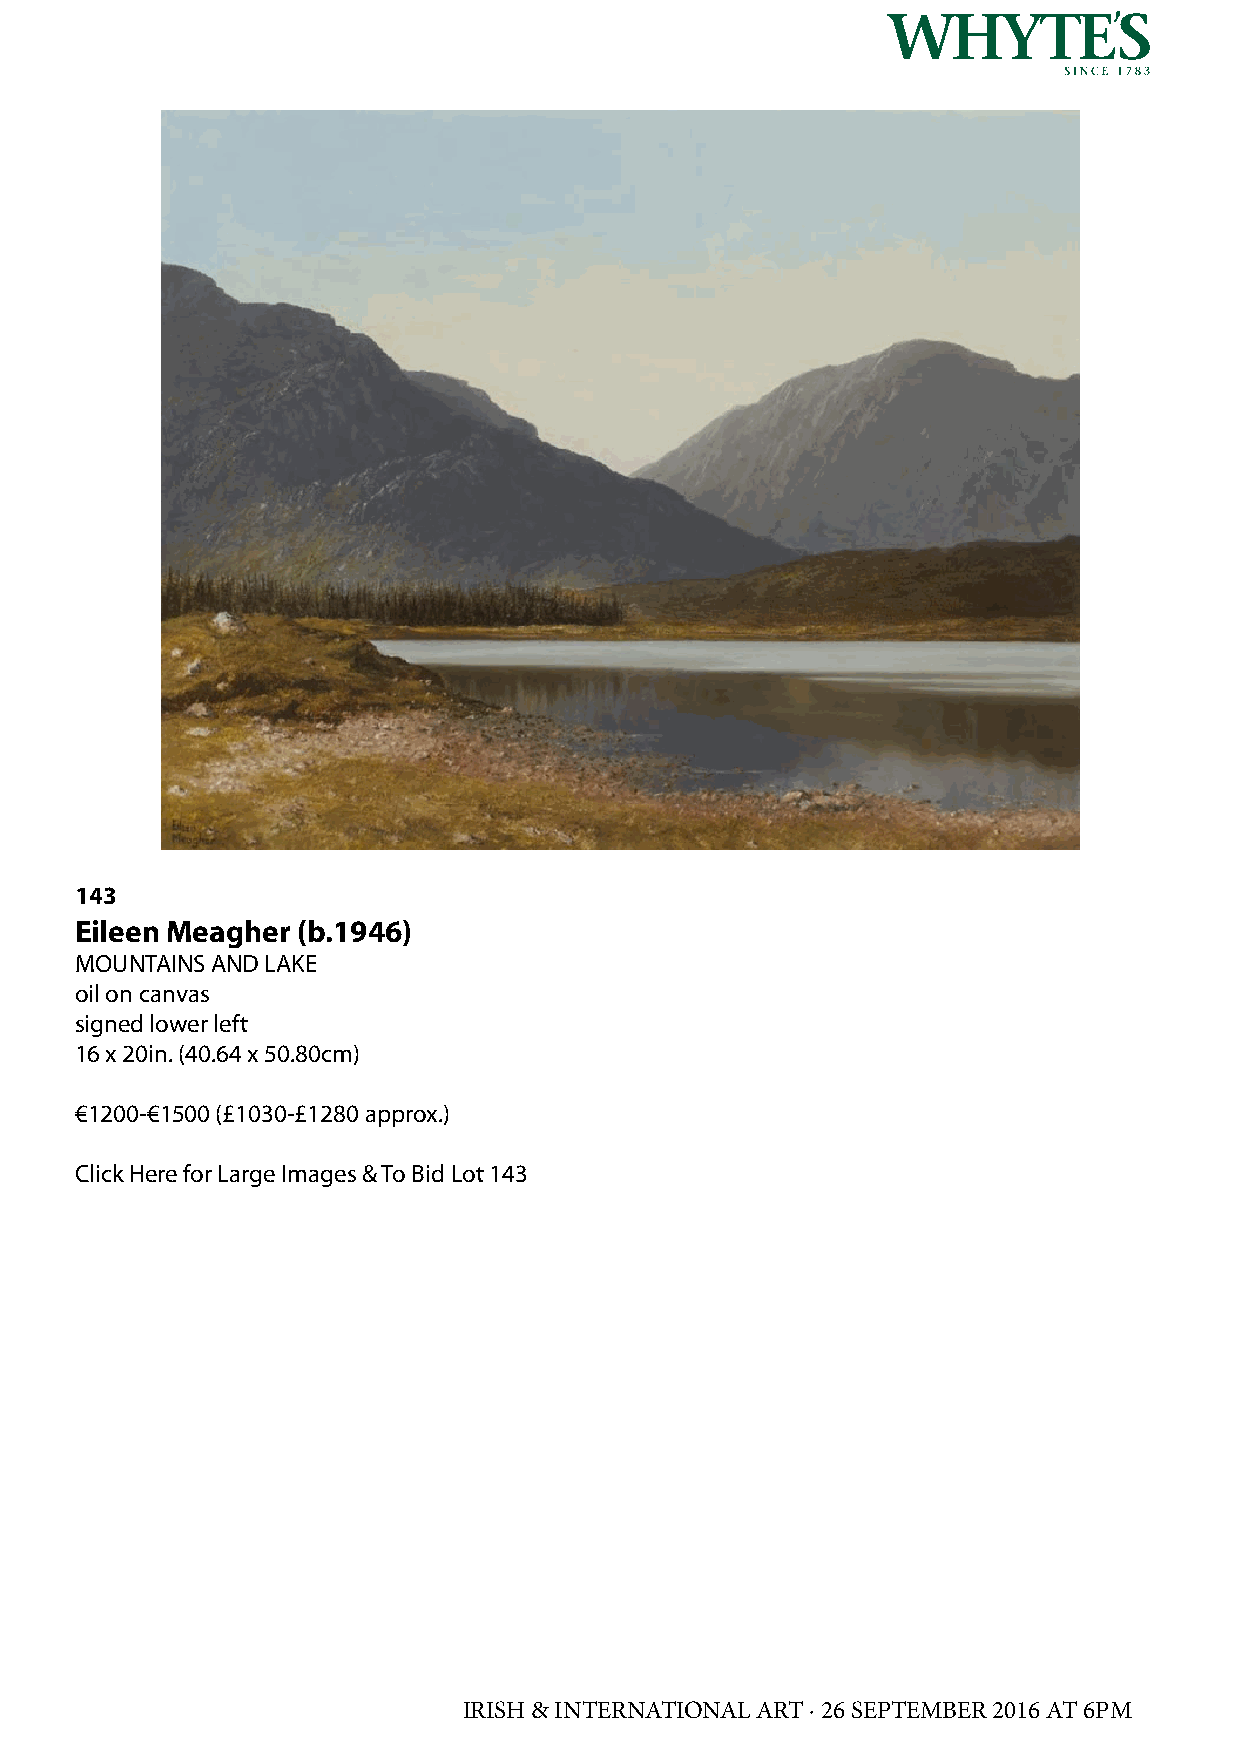
143
 Eileen Meagher (b.1946)
 MOUNTAINS AND LAKE
 oil on canvas
 signed lower left
 16 x 20in. (40.64 x 50.80cm)
 €1200-€1500 (£1030-£1280 approx.)
 Click Here for Large Images & To Bid Lot 143
 IRISH & INTERNATIONAL ART · 26 SEPTEMBER 2016 AT 6PM